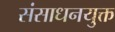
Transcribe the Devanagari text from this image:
संसाधनयुक्त